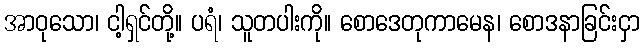
အာဝုသော၊ ငါ့ရှင်တို့။ ပရံ၊ သူတပါးကို။ စောဒေတုကာမေန၊ စောဒနာခြင်းငှာ